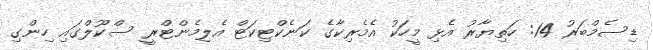
ޑިސެމްބަރު 14: ހަތިޔާރު އެޅި މީހަކު އެމެރިކާގެ ކަނެކްޓިކަޓް އެލިމެންޓްރީ ސްކޫލްގައި ހިންގި